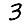
Digit: 3